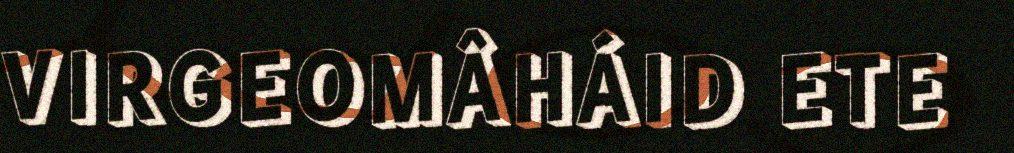
VIRGEOMÂHÁID ETE